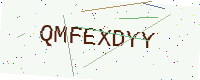
Text: QMFEXDYY